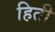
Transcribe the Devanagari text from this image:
हिती